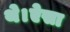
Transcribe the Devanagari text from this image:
थे।ऐसा